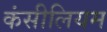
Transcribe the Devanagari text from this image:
कंसीलियम